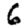
Digit: 6